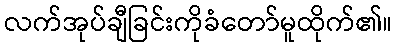
လက်အုပ်ချီခြင်းကိုခံတော်မူထိုက်၏။